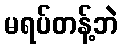
မရပ်တန့်ဘဲ